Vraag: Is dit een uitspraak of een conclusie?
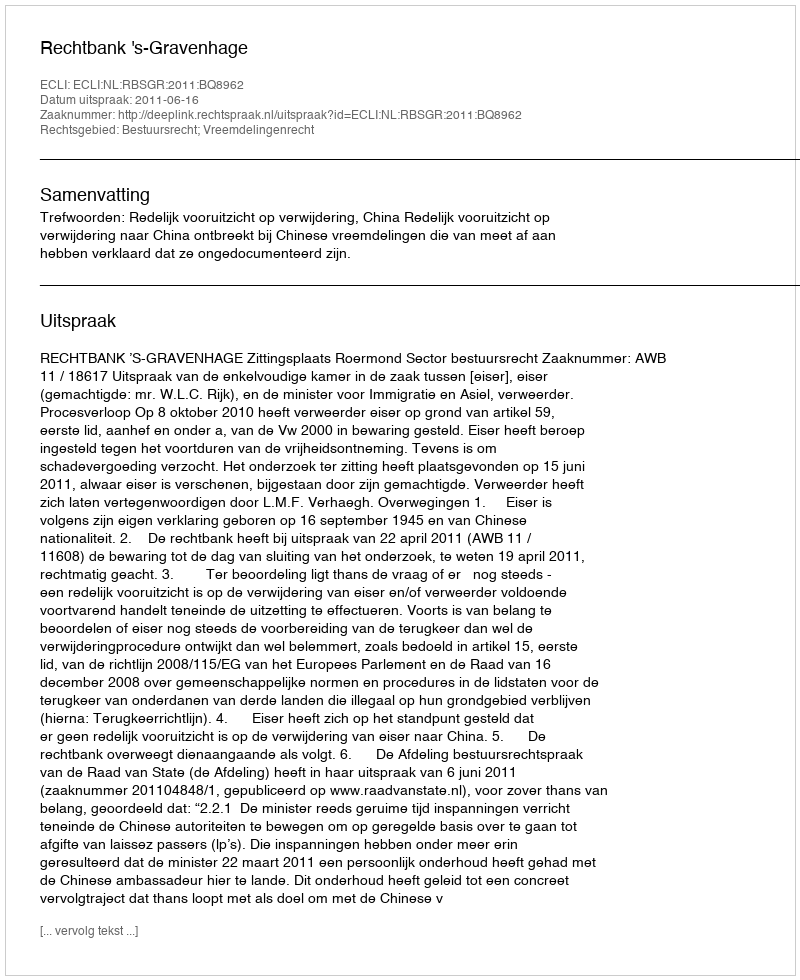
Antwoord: Uitspraak